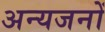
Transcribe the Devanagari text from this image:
अन्यजनों